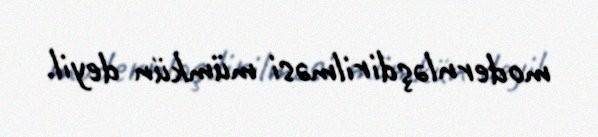
modernləşdirilməsi mümkün deyil.